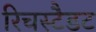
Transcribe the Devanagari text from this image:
रिचस्टैडट